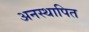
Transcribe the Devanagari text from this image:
अनस्थापित